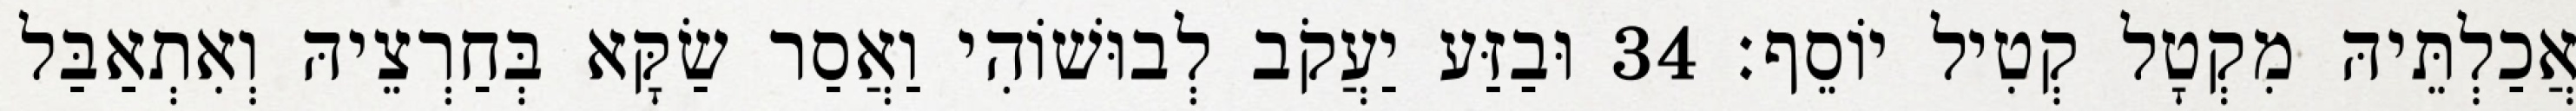
אֲכַלְתֵּיהּ מִקְטָל קְטִיל יוֹסֵף׃ 34 וּבַזַּע יַעֲקֹב לְבוּשׁוֹהִי וַאֲסַר שַׂקָּא בְּחַרְצֵיהּ וְאִתְאַבַּל